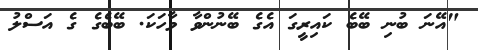
"އޭނަ ބުނި ބޭބެ ކައިރީގަ އެގެ ބޭނުންވާ ވާހަކަ. ބޭބެގެ ގެ އަސްލު